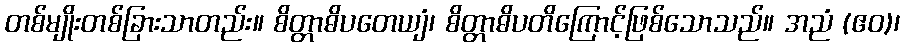
တစ်မျိုးတစ်ခြားသာတည်း။ စိတ္တာဓိပတေယျံ၊ စိတ္တာဓိပတိကြောင့်ဖြစ်သောသည်။ အညံ (ဧဝ)၊